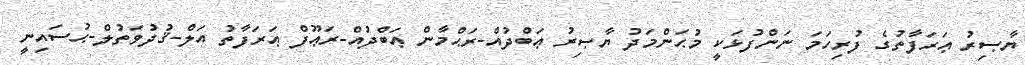
ޔާޞިރު ޢަރަފާތުގެ ފުރިހަމަ ނަންފުޅަކީ މުޙަންމަދު ޔާޞިރު ޢަބްދުއް-ރަޙްމާން ޢަބްދުއް-ރަޢޫފް ޢަރަފާތު އަލް-ޤުދުވަތުލް-ޙުސައިނީ